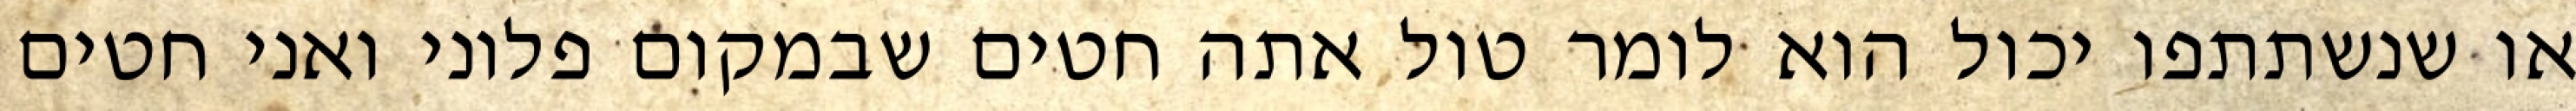
או שנשתתפו יכול הוא לומר טול אתה חטים שבמקום פלוני ואני חטים